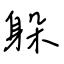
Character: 躲